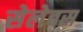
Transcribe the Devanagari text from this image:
सेलेबस